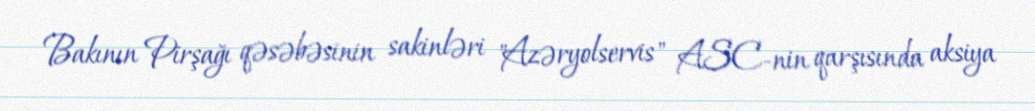
Bakının Pirşağı qəsəbəsinin sakinləri "Azəryolservis" ASC-nin qarşısında aksiya